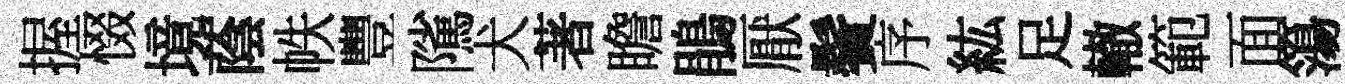
握惙境蔭帙豐隲犬著瞻鵑厭鬢序紘足轍範面簜